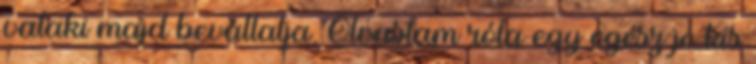
valaki majd bevállalja. Olvastam róla egy egész jó kis